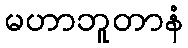
မဟာဘူတာနံ